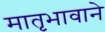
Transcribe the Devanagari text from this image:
मातृभावाने